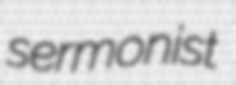
sermonist